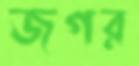
জগর